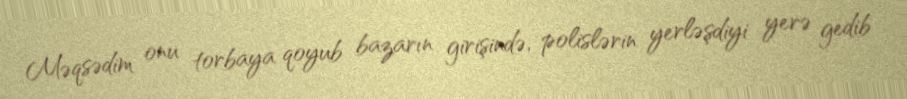
Məqsədim onu torbaya qoyub bazarın girişində, polislərin yerləşdiyi yerə gedib